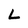
Character: L